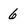
Character: 6